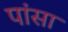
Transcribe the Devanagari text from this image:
पांसा